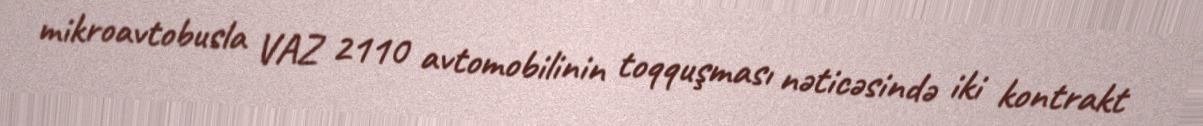
mikroavtobusla VAZ 2110 avtomobilinin toqquşması nəticəsində iki kontrakt